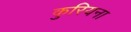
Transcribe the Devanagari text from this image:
कुरियना